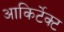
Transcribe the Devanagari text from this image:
आकिर्टेक्ट